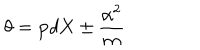
\theta = { \bf p } d { \bf X } \pm { \frac { \alpha ^ { 2 } } { m } }